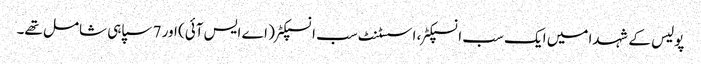
پولیس کے شہدا میں ایک سب انسپکٹر، اسسٹنٹ سب انسپکٹر ( اے ایس آئی) اور 7 سپاہی شامل تھے۔